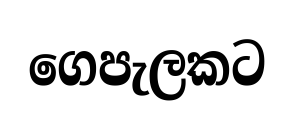
ගෙපැලකට